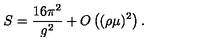
S = \frac { 1 6 \pi ^ { 2 } } { g ^ { 2 } } + O \left( ( \rho \mu ) ^ { 2 } \right) .